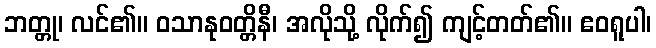
ဘတ္တု၊ လင်၏။ ဝသာနုဝတ္တိနီ၊ အလိုသို့ လိုက်၍ ကျင့်တတ်၏။ ဧဝရူပါ၊